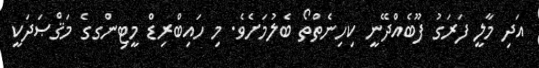
އަދި މާލީ ފަރަގު ފޫބެއްދޭނީ ކިހިނެތްތޯ ބެލުމަށެވެ. މި ހައިބްރިޑް މީޓިންގގެ މަޤްޞަދަކީ